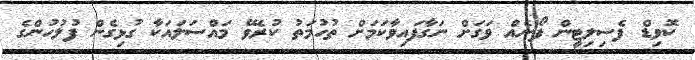
ކޮވިޑް ފެސިލިޓީން ފޯނެއް ވަގަށް ނަގާފައިވާކަމަށް ތުހުމަތު ކުރެވޭ މައްސަލައަކާ ގުޅިގެން ފުލުހުންގެ